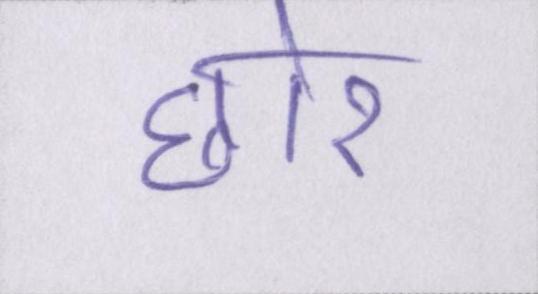
छोर